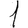
Digit: 1